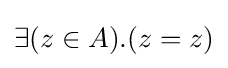
\exists (z\in A).(z=z)